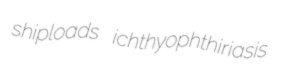
shiploads ichthyophthiriasis